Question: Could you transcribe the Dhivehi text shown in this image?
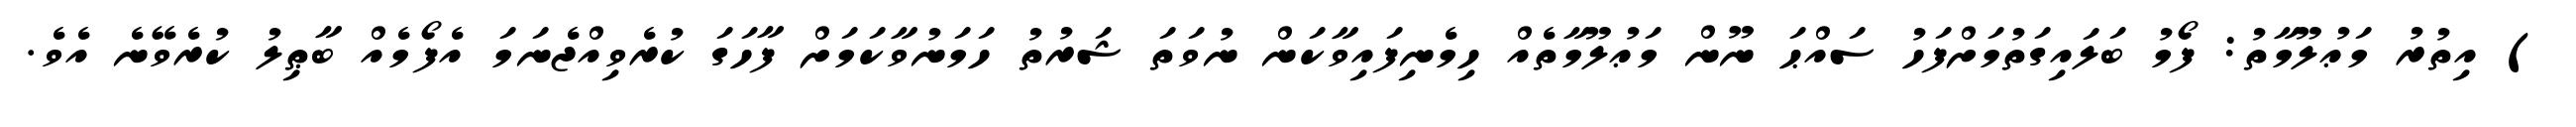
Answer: ) އިތުރު މަޢުލޫމާތު: ފޯމު ބަލައިގަތުމަށްފަހު ސައްޙަ ނޫން މަޢުލޫމާތެއް ހިމެނިފައިވާކަން ނުވަތަ ޝަރުތު ހަމަނުވާކަމަށް ފާހަގަ ކުރެވިއްޖެނަމަ އެފޯމެއް ބާޠިލު ކުރެވޭނެ އެވެ.